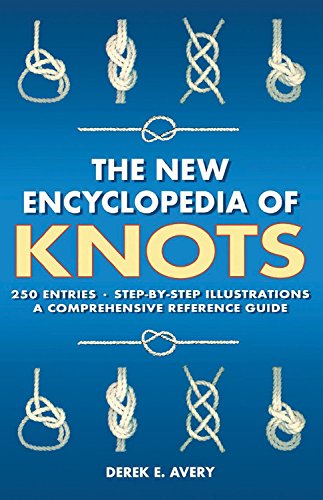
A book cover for The New Encyclopedia of Knots: 250 Entries - Step-by-Step Illustrations - A Comprehensive Reference Guide; Derek E Avery; Health, Fitness & Dieting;